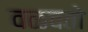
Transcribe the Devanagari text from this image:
वळवतो